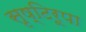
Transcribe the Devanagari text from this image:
सृष्टिरूपा